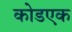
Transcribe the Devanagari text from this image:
कोडएक